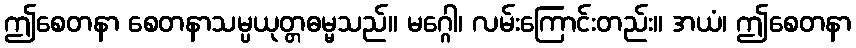
ဤစေတနာ စေတနာသမ္ပယုတ္တဓမ္မသည်။ မဂ္ဂေါ၊ လမ်းကြောင်းတည်း။ အယံ၊ ဤစေတနာ